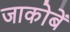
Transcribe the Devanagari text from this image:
जाकोबें